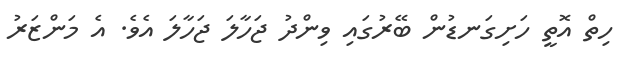
ހިތް އޮތީ ހަށިގަނޑުން ބޭރުގައި ވިންދު ޖަހާލަ ޖަހާލަ އެވެ. އެ މަންޒަރު